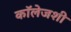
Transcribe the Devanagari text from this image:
कॉलेजशी